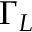
\Gamma _ { L }